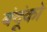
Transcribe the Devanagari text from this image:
बंदूंको